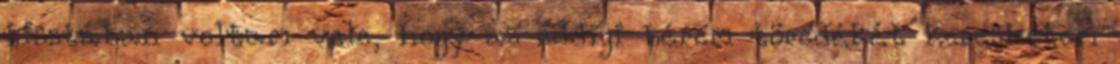
tisztában voltam vele, hogy az eddigi bérem töredékét kereshetem